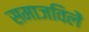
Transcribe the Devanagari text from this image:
समाजविलें